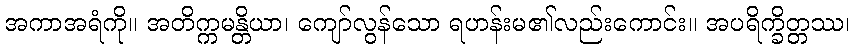
အကာအရံကို။ အတိက္ကမန္တိယာ၊ ကျော်လွန်သော ရဟန်းမ၏လည်းကောင်း။ အပရိက္ခိတ္တဿ၊